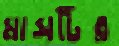
মাসটির